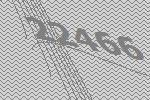
22466